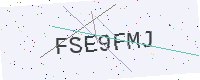
Text: FSE9FMJ